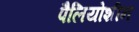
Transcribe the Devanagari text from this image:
पैलियोशीन